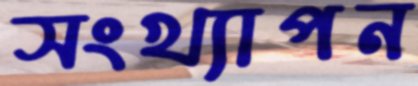
সংখ্যাপন